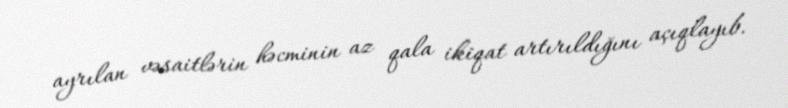
ayrılan vəsaitlərin həcminin az qala ikiqat artırıldığını açıqlayıb.